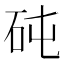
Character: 砘